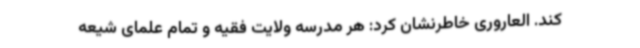
کند. العاروری خاطرنشان کرد: هر مدرسه ولایت فقیه و تمام علمای شیعه